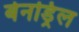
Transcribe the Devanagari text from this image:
बेनड्रिल